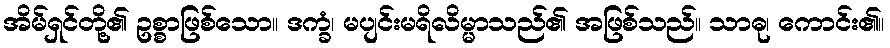
အိမ်ရှင်တို့၏ ဥစ္စာဖြစ်သော။ ဒက္ခံ၊ မပျင်းမရိလိမ္မာသည်၏ အဖြစ်သည်။ သာဓု၊ ကောင်း၏။